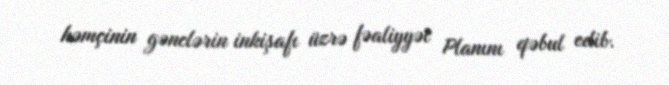
həmçinin gənclərin inkişafı üzrə fəaliyyət Planını qəbul edib.